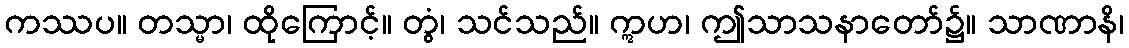
ကဿပ။ တသ္မာ၊ ထိုကြောင့်။ တွံ၊ သင်သည်။ ဣဟ၊ ဤသာသနာတော်၌။ သာဏာနိ၊